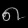
Digit: ၈